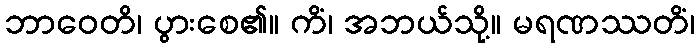
ဘာဝေတိ၊ ပွားစေ၏။ ကိံ၊ အဘယ်သို့။ မရဏဿတိံ၊